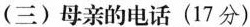
(三)母亲的电话(17分)